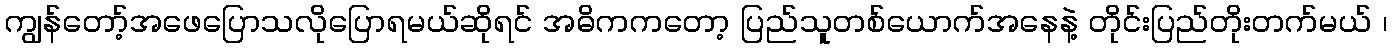
ကျွန်တော့်အဖေပြောသလိုပြောရမယ်ဆိုရင် အဓိကကတော့ ပြည်သူတစ်ယောက်အနေနဲ့ တိုင်းပြည်တိုးတက်မယ် ၊